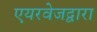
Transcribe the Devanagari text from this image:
एयरवेजद्वारा